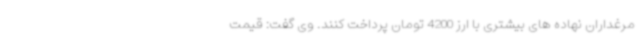
مرغداران نهاده های بیشتری با ارز 4200 تومان پرداخت کنند. وی گفت: قیمت